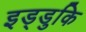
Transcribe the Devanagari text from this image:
इड्डुकि